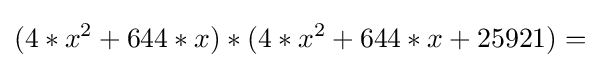
(4*x^{2}+644*x)*(4*x^{2}+644*x+25921)=